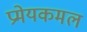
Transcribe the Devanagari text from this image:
प्रमेयकमल